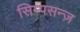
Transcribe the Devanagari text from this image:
सिम्पसन्ज़